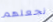
نجعلهم